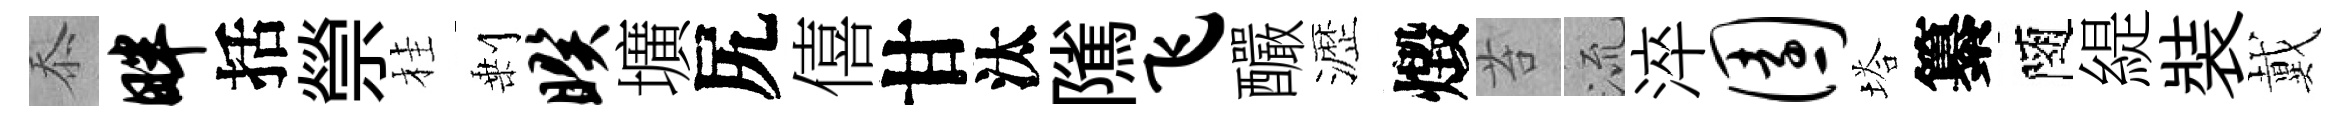
忝畔括禜桂剰暌壙尻僖甘汰隲飞釅瀝燬苔𣴑淬园塔纂隨緹裝戴